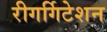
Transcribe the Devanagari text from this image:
रीगर्गिटेशन